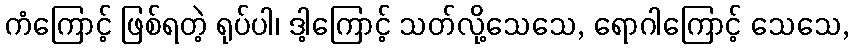
ကံကြောင့် ဖြစ်ရတဲ့ ရုပ်ပါ၊ ဒါ့ကြောင့် သတ်လို့သေသေ, ရောဂါကြောင့် သေသေ,